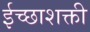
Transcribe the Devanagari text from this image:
ईच्छाशक्ती